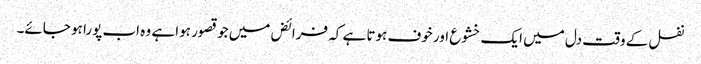
نفل کے وقت دل میں ایک خشوع اور خوف ہوتا ہے کہ فرائض میں جو قصور ہوا ہے وہ اب پورا ہو جائے۔